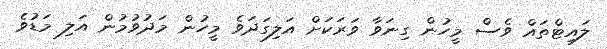
ލައިޓްތައް ވެސް މީހުން ގިނަވާ ވަރަކަށް އަލިގަދަވެ މީހުން މަދުވުމުން އަލި މަޑުވެ